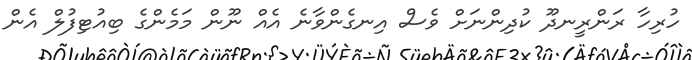
ހުރިހާ ރަންރީނދޫ ކުދިންނަށް ވެސް އިނގެންވާނެ އެއް ނޫން މަމެންގެ ބިއުޓިފުލް އެން